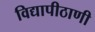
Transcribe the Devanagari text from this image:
विद्यापीठाणी